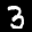
Label: 3